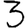
Digit: 3